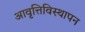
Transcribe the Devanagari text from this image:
आवृत्तिविस्थापन